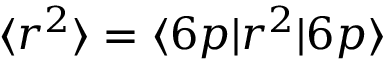
\langle r ^ { 2 } \rangle = \langle 6 p | r ^ { 2 } | 6 p \rangle